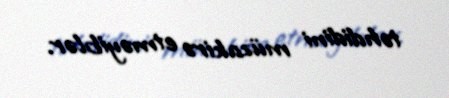
təhdidini müzakirə etməyiblər.